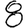
Digit: 8